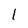
Character: 1